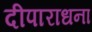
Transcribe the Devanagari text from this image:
दीपाराधना